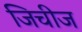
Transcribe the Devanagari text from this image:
जिचीज